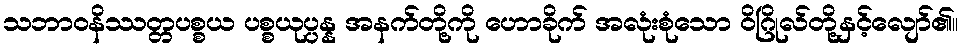
သဘာဝနိဿတ္တပစ္စယ ပစ္စယုပ္ပန္န အနက်တို့ကို ဟောခိုက် အလုံးစုံသော ဝိဂြိုလ်တို့နှင့်လျော်၏။